Enquiry on enteric fever in India - Number 32
Disease focus: Fever
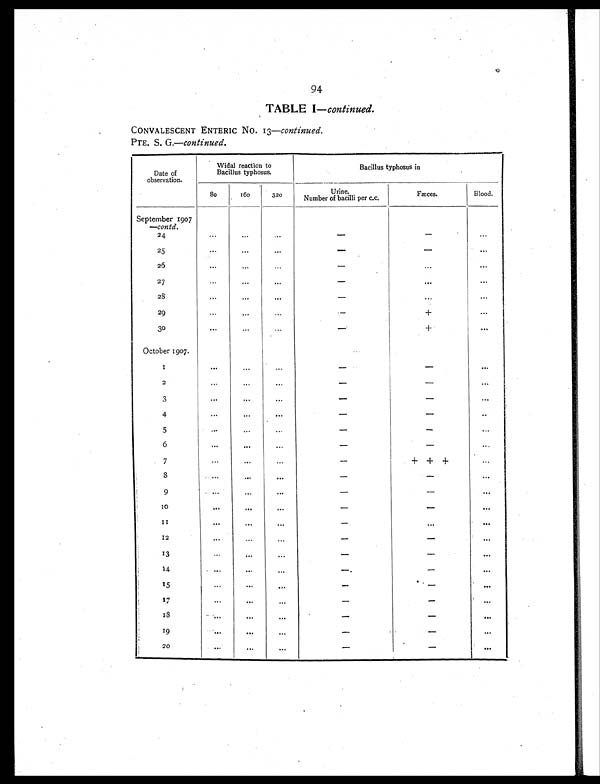
94
TABLE I— continued.
CONVALESCENT ENTERIC No.
13—continued.
PTE. S. G.—continued.
Date of
observation.
Widal reaction to
Bacillus typhosus.
Bacillus typhosus in
80
160
320
Urine.
Number of bacilli per c.c.
Fæces.
Blood.
September 1907
—contd.
2 4
...
... ...
-
-
...
25
. . .
. . . ...
-
-
...
26
... ...
...
-
...
. . .
27
...
... ...
-
... ...
28
...
...
...
-
...
...
2 9
. . . •
...
...
-
+
...
30
... ... ...
-
+
...
October 1907.
1
... ...
... -
-
...
2
...
...
...
-
-
...
3
... ...
-
-
...
4
...
...
...
-
-
...
5
...
...
...
-
-
...
6
...
...
...
-
-
...
7
... ...
...
-
+ + +
...
8
...
...
. . .
-
-
...
9
...
...
...
-
-
...
1 0
... ...
. . .
-
-
...
1 1
... ... ...
-
... ...
12
...
...
...
-
-
...
13
...
...
...
-
-
...
14
... ... ...
-
-
...
15
...
...
...
-
-
...
17
... ... ...
-
-
...
1 8
... ... ...
-
-
...
19
... ... ...
-
-
...
20
... ...
...
-
-
...